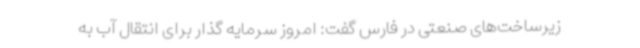
زیرساخت‌های صنعتی در فارس گفت: امروز سرمایه گذار برای انتقال آب به